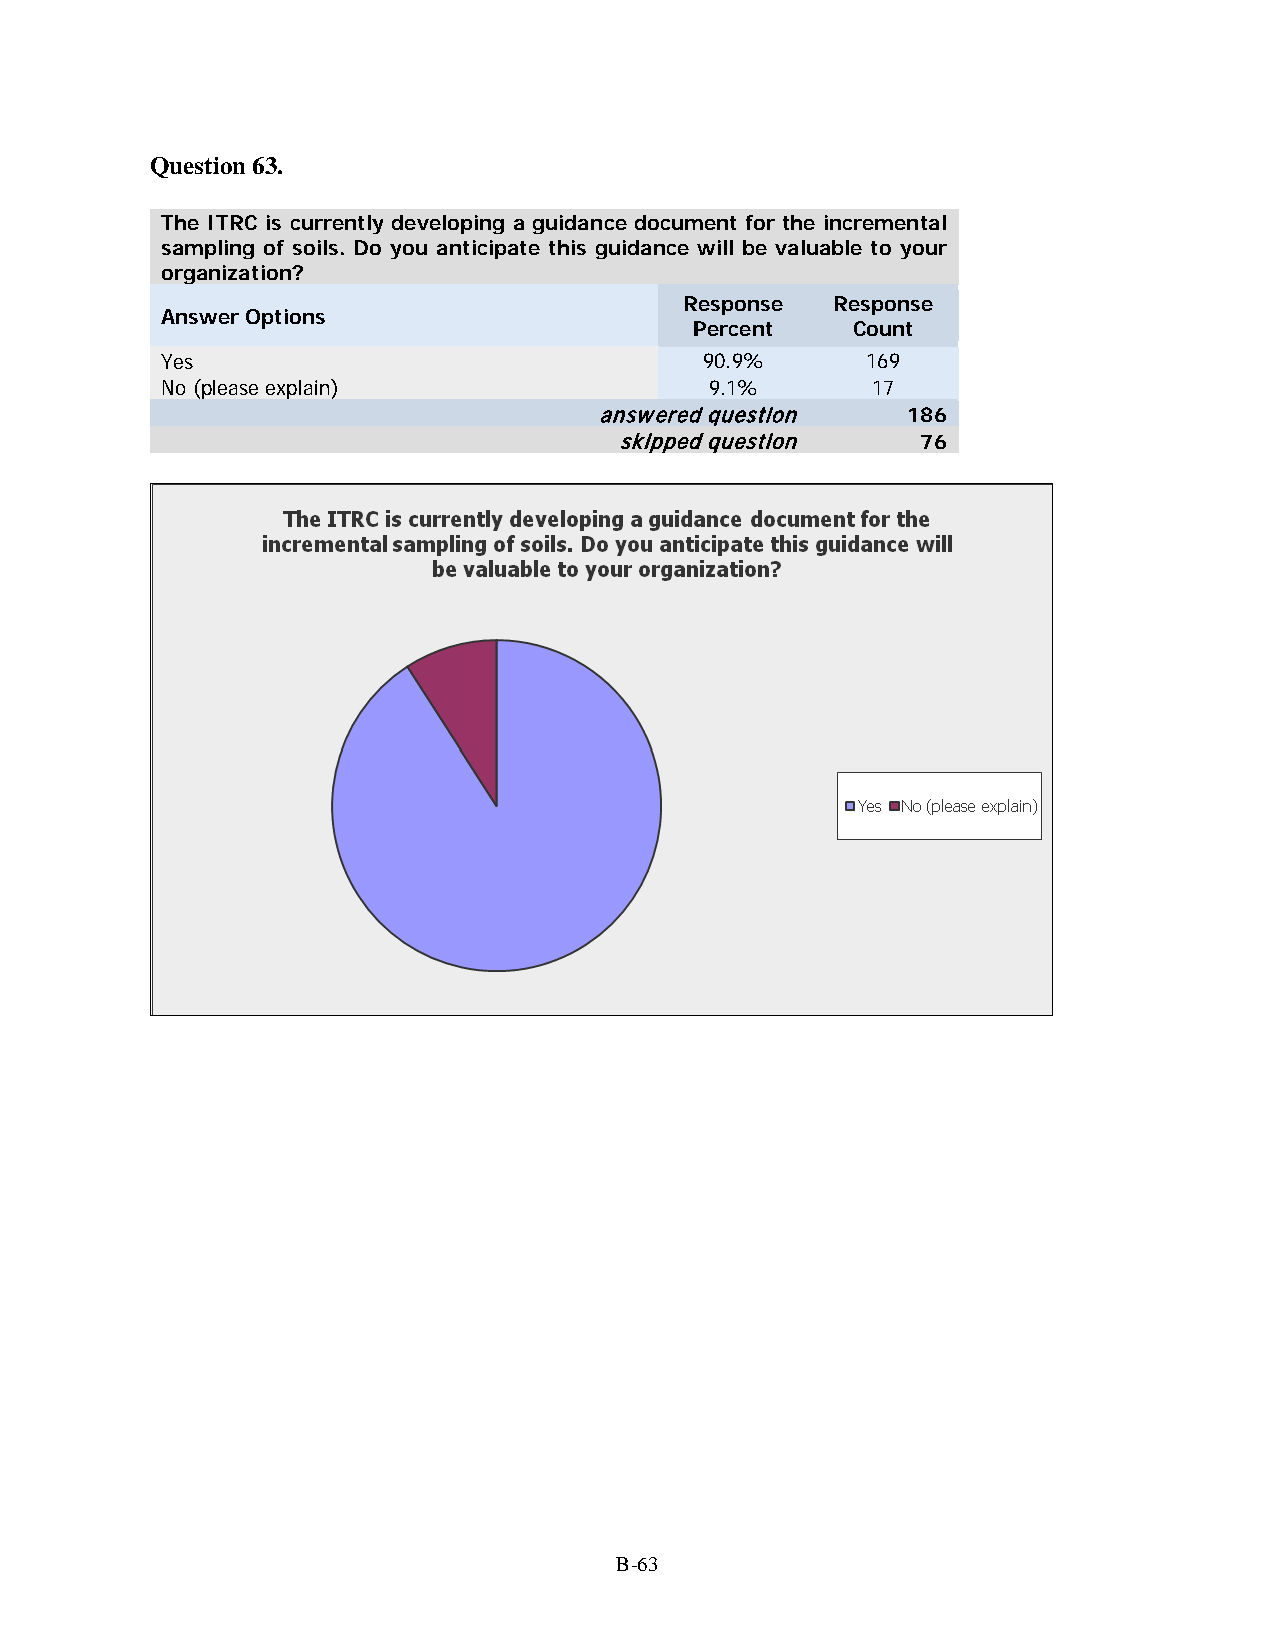
Question 63.
 The ITRC is currently developing a guidance document for the incremental
 sampling of soils. Do you anticipate this guidance will be valuable to your
 organization?
 Response  Response
 Answer Options
 Percent   Count
 Yes                                 90.9%     169
 No (please explain)                 9.1%       17
 answered question   186
 skipped question    76
 B-63